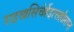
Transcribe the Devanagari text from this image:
राइखसिचेर्हेइत्सहौप्ताम्त